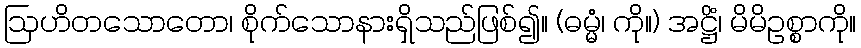
ဩဟိတသောတော၊ စိုက်သောနားရှိသည်ဖြစ်၍။ (ဓမ္မံ၊ ကို။) အဋ္ဌိံ၊ မိမိဥစ္စာကို။